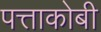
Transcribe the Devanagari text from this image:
पत्ताकोबी